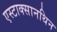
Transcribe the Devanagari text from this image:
एस्टाक्सानथिन